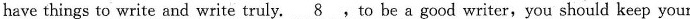
have things to write and write truly. \underline{8},to be a good writer,you should keep your